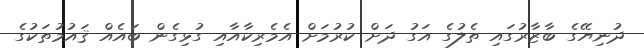
ދުނިޔޭގެ ބާޒާރުގައި ތެލުގެ އަގު ދަށް ކުރުމަށް އެމެރިކާއާއި ގުޅިގެން ބައެއް ޤައުމުތަކުގެ